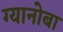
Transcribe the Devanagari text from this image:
ग्यानोबा